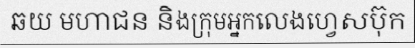
ឆយ មហាជន និងក្រុមអ្នកលេងហ្វេសប៊ុក